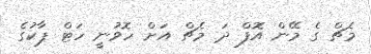
މެޗް ގެ މޭން އޮފް ދަ މެޗް އަށް ހޮވުނީ ހަޓް ޕާކުގެ